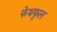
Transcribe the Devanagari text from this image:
फेथफुल